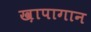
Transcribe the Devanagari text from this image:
ख़ापागान